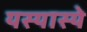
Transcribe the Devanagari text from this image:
यस्यास्ये